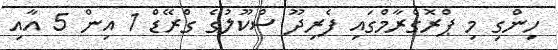
ހިންގި މި ޕްރޮގްރާމްގައި ފެރިދޫ ސްކޫލުގެ ގްރޭޑް 1 އިން 5 އާއި